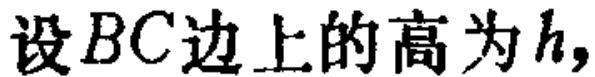
设\(BC\)边上的高为\(h\)，